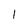
Character: 1